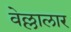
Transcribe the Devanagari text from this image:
वेल्लालार